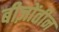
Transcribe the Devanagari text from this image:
बीज़ोंतीन